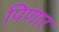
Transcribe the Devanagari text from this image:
पिणार